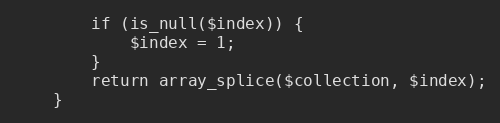
Language: PHP
        if (is_null($index)) {
            $index = 1;
        }
        return array_splice($collection, $index);
    }